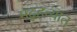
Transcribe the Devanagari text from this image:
मद्रहन्यात